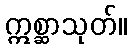
ဣစ္ဆာသုတ်။